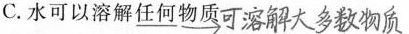
C.水可以溶解##\underline{任何}##物质 ##可溶解大多数物质##